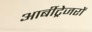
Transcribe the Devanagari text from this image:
आर्बीट्रेजरों